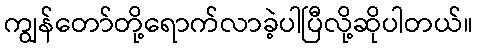
ကျွန်တော်တို့ရောက်လာခဲ့ပါပြီလို့ဆိုပါတယ်။